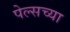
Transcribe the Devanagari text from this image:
पेल्सच्या